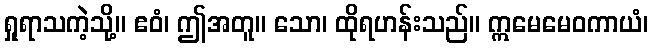
ရှုရာသကဲ့သို့။ ဧဝံ၊ ဤအတူ။ သော၊ ထိုရဟန်းသည်။ ဣမေမေဝကာယံ၊